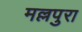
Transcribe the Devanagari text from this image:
मल्लपुरा